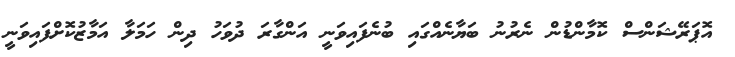
އޮޕަރޭޝަންސް ކޮމާންޑުން ނެރުނު ބަޔާނެއްގައި ބުނެފައިވަނީ އަންގާރަ ދުވަހު ދިން ހަމަލާ އަމާޒުކޮށްފައިވަނީ